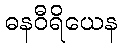
ဓနဝီရိယေန